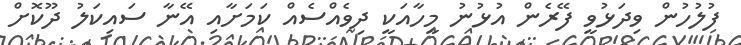
ފުލުހުން ވިދަޅުވީ ފޭރެން އުޅުނު މީހާއަކީ ދިވެއްސެއް ކަމަށާއި އޭނާ ސައިކަލު ދޫކޮށް